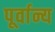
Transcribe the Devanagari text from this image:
पूर्वान्य